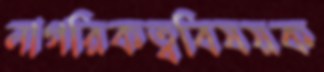
নাগরিকত্ববিষয়ক